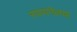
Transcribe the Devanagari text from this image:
स्पायनेलचा